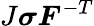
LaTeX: J{\boldsymbol{\sigma}}{\boldsymbol{F}}^{-T}